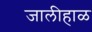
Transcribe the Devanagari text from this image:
जालीहाळ